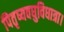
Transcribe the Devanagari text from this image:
पितृष्यवघुविधात्रा।